Lunatic asylums Central Provinces reports 1886-1894 - 1886-1894
Year: 1886
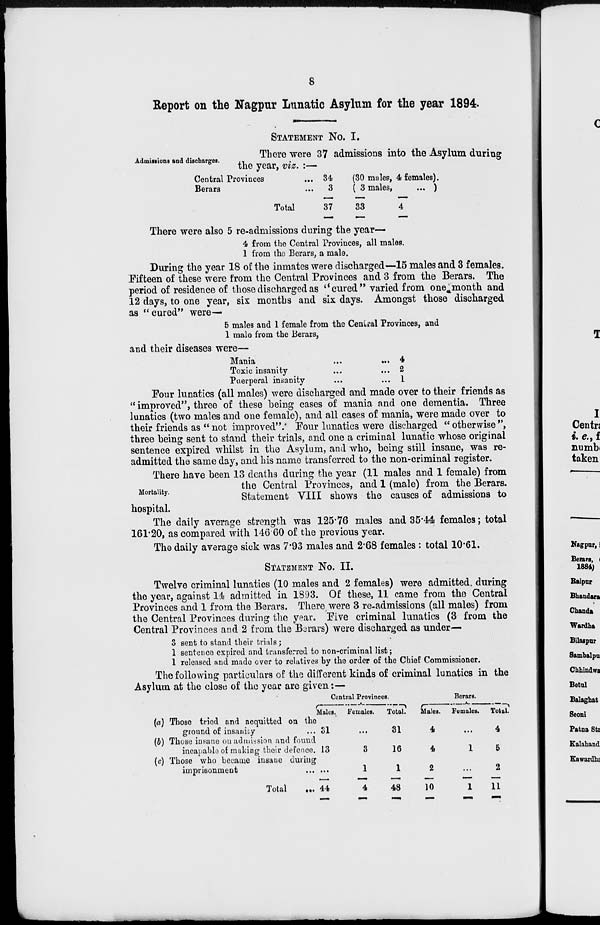
8
Report on the Nagpur Lunatic Asylum for the year 1894.
STATEMENT NO. I.
Admissions and discharges.
There were 37 admissions into the Asylum during
the year, viz. :—
Central Provinces ...
Berars ...
Total
34
3
37
(30 males, 4 females).
( 3 males,
... )
33
4
There were also 5 re-admissions during the year—
4 from the Central Provinces, all males.
1 from the Berars, a male.
During the year 18 of the inmates were discharged—15 males and 3 females.
Fifteen of these were from the Central Provinces and 3 from the Berars. The
period of residence of those discharged as " cured " varied from one month and
12 days, to one year, six months and six days. Amongst those discharged
as " cured" were—
5 males and 1 female from the Central Provinces, and
1 male from the Berars,
and their diseases were—
Mania
...
...
Toxic insanity ... ...
Puerperal insanity ... ...
4
2
1
Four lunatics (all males) were discharged and made over to their friends as
" improved", three of these being cases of mania and one dementia. Three
lunatics (two males and one female), and all cases of mania, were made over to
their friends as " not improved". Four lunatics were discharged " otherwise ",
three being sent to stand their trials, and one a criminal lunatic whose original
sentence expired whilst in the Asylum, and who, being still insane, was re-
admitted the same day, and his name transferred to the non-criminal register.
Mortality.
There have been 13 deaths during the year (11 males and 1 female) from
the Central Provinces, and 1 (male) from the Berars.
Statement VIII shows the causes of admissions to
hospital.
The daily average strength was 125.76 males and 35.44 females; total
161.20, as compared with 146.60 of the previous year.
The daily average sick was 7.93 males and 2.68 females : total 10.61.
STATEMENT NO. II.
Twelve criminal lunatics (10 males and 2 females) were admitted, during
the year, against 14 admitted in 1893. Of these, 11 came from the Central
Provinces and 1 from the Berars. There were 3 re-admissions (all males) from
the Central Provinces during the year. Five criminal lunatics (3 from the
Central Provinces and 2 from the Berars) were discharged as under
3 sent to stand their trials;
1 sentence expired and transferred to non-criminal list;
1 released and made over to relatives by the order of the Chief Commissioner.
The following particulars of the different kinds of criminal lunatics in the
Asylum at the close of the year are given:—
(a)
(b)
(c)
Those tried and acquitted on the
ground of insanity ...
Those insane on admission and found
incapable of making their defence.
Those who became insane during
imprisonment ...
Total ...
Central Provinces.
Males.
31
13
...
44
Females.
...
3
1
4
Total.
31
16
1
48
Berars.
Males.
4
4
2
10
Females.
...
1
...
1
Total.
4
5
2
11